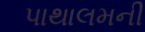
પાથાલમની